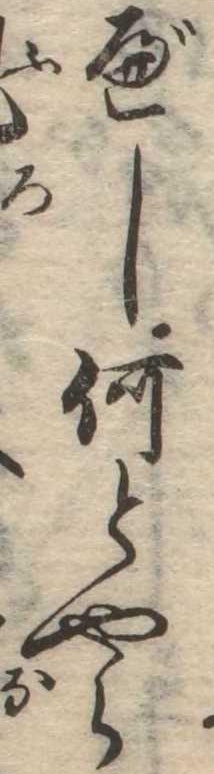
べし何とやら